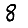
Digit: 8